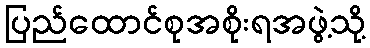
ပြည်ထောင်စုအစိုးရအဖွဲ့သို့